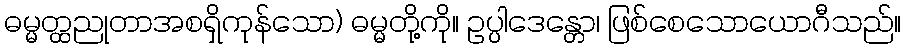
ဓမ္မတ္ထညုတာအစရှိကုန်သော) ဓမ္မတို့ကို။ ဥပ္ပါဒေန္တော၊ ဖြစ်စေသောယောဂီသည်။